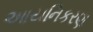
આયનિકરણ